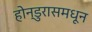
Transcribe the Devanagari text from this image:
होन्डुरासमधून